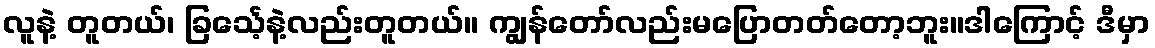
လူနဲ့ တူတယ်၊ ခြင်္သေ့နဲ့လည်းတူတယ်။ ကျွန်တော်လည်းမပြောတတ်တော့ဘူး။ဒါကြောင့် ဒီမှာ